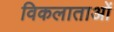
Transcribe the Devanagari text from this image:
विकलाताओं